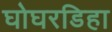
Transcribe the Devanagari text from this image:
घोघरडिहा